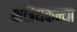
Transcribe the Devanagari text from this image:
क्षत्रियकन्या